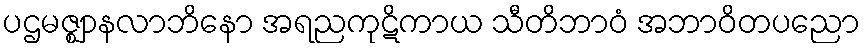
ပဌမဇ္ဈာနလာဘိနော အရညကုဋိကာယ သီတိဘာဝံ အဘာဝိတပညော